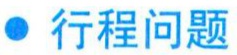
$\bullet$ 行程问题